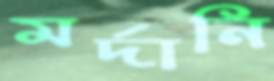
মর্দানি